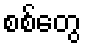
စစ်တွေ